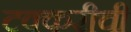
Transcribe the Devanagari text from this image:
टक्करीची